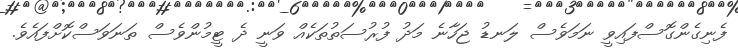
ފެނިގެންގޮސްފައިވީ ނަމަވެސް ލަނޑު ޖަހާނެ މަދު ފުރުސަތުތަކެއް ވަނީ ދެ ޓީމުންވެސް ތަނަވަސްކޮށްފައެވެ.